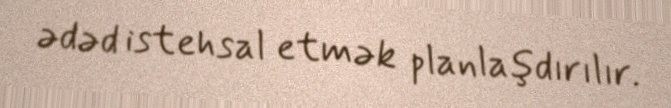
ədəd istehsal etmək planlaşdırılır.